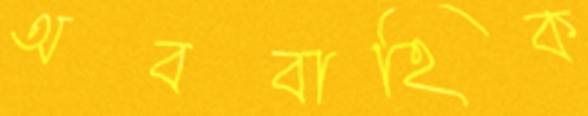
অববাহিক